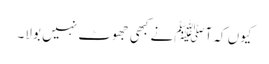
کیوں کہ آﷺنے کبھی جھوٹ نہیں بولا۔